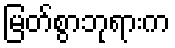
မြတ်စွာဘုရားက